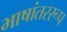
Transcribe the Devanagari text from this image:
भाषांतररूप